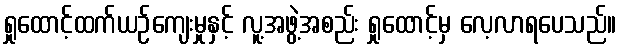
ရှုထောင့်ထက်ယဉ်ကျေးမှုနှင့် လူ့အဖွဲ့အစည်း ရှုထောင့်မှ လေ့လာရပေသည်။